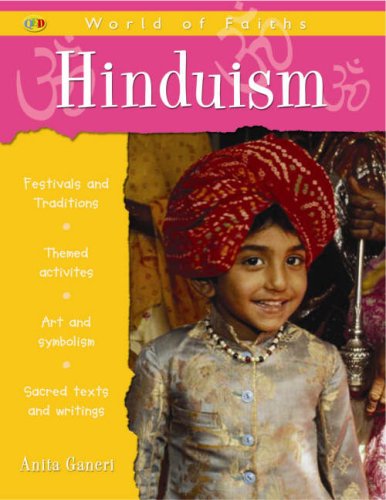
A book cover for Hinduism (QED World of Faiths); Anita Ganeri; Children's Books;